Medical and sanitary report on the native army of Bombay for the year
Year: 1879
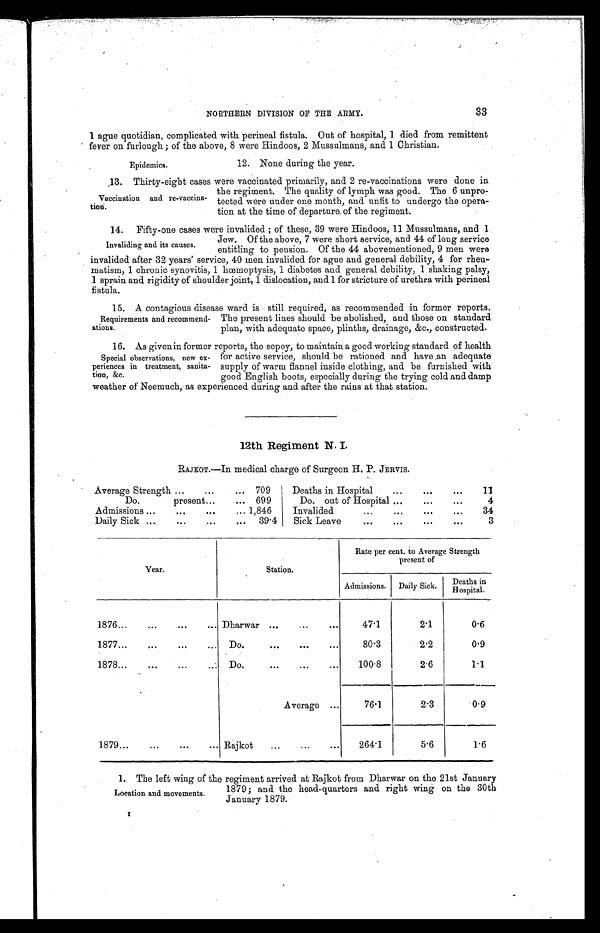
Epidemics.
12. None during the year.
33
NORTHERN DIVISION OF THE ARMY.
1 ague quotidian, complicated with perineal fistula. Out of hospital, 1 died from remittent
fever on furlough ; of the above, 8 were Hindoos, 2 Mussulmans, and 1 Christian.
13. Thirty-eight cases were vaccinated primarily, and 2 re-vaccinations were done in
the regiment. The quality of lymph was good. The 6 unpro
-tected were under one month, and unfit to undergo the opera
-tion at the time of departure of the regiment.
1 4 . F i f t y - o n e c a s e s w e r e i n v a l i d e d ; o f t h e s e , 3 9 w e r e H i n d o o s , 1 1 M u s s u l m a n s , a n d 1
Jew. Of the above, 7 were short service, and 44 of long service
entitling to pension. Of the 44 abovementioned, 9 men were
invalided after 32 years' service, 40 men invalided for ague and general debility, 4 for rheu
-
matism, 1 chronic synovitis, 1 hœcemoptysis, 1 diabetes and general debility, 1 shaking palsy,
1 sprain and rigidity of shoulder joint, 1 dislocation, and 1 for stricture of urethra with perineal
fistula.
1 5 . A c o n t a g i o u s d i s e a s e w a r d i s s t i l l r e q u i r e d , a s r e c o m m e n d e d i n f o r m e r r e p o r t s .
The present lines should be abolished, and those on standard
plan, with adequate space, plinths, drainage, &c., constructed.
16. As givenin former reports, the sepoy, to maintain a good working standard of health
for active service, should be rationed and have an adequate
supply of warm flannel inside clothing, and be furnished with
good English boots, especially during the trying cold and damp
weather of Neemuch, as experienced during and after the rains at that station.
12th Regiment N. I.
RAJKOT.—In medical charge of Surgeon H. P. JERVIS.
Average Strength . . . 709
Deaths in Hospital . . .
1 1
Do.
present . . . 699
Do. out of Hospital . . .
4
Admissions . . . 1,846
Invalided . . .
34
Daily Sick . . . 39.4
Sick Leave . . .
3
Year.
Station.
Rate per cent. to Average Strength
present of
Admissions.
Daily Sick.
De a t hs i n Hos pi t a l .
1876 . . . Dharwar . . .
47.1
2.1
0.6
1 877 . . . Do. . . .
80.3
2.2
0.9
1878 . . . Do. . . .
100.8
2.6
1 . 1
Average . . .
76.1
2.3
0.9
1879 . . . Rajkot . . .
264.1
5.6
1.6
1. The left wing of the regiment arrived at Rajkot from Dharwar on the 21st January
1879; and the head-quarters and right wing on the 30th
January 1879.
Vaccination and re-vaccina
-tion.
Invaliding and its causes.
Requirements and recommend
-ations.
Special observations, new ex
-periences in treatment, sanita
- t i o n , & c .
Location and movements.